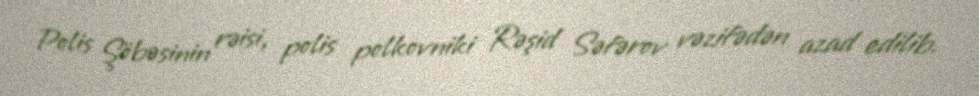
Polis Şöbəsinin rəisi, polis polkovniki Rəşid Səfərov vəzifədən azad edilib.